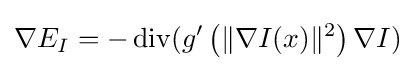
\nabla E_{I}=-\operatorname {div} (g'\left(\|\nabla I(x)\|^{2}\right)\nabla I)